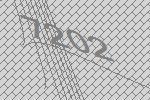
7202